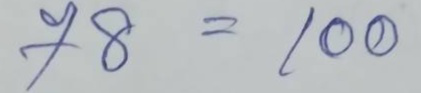
78 = 100